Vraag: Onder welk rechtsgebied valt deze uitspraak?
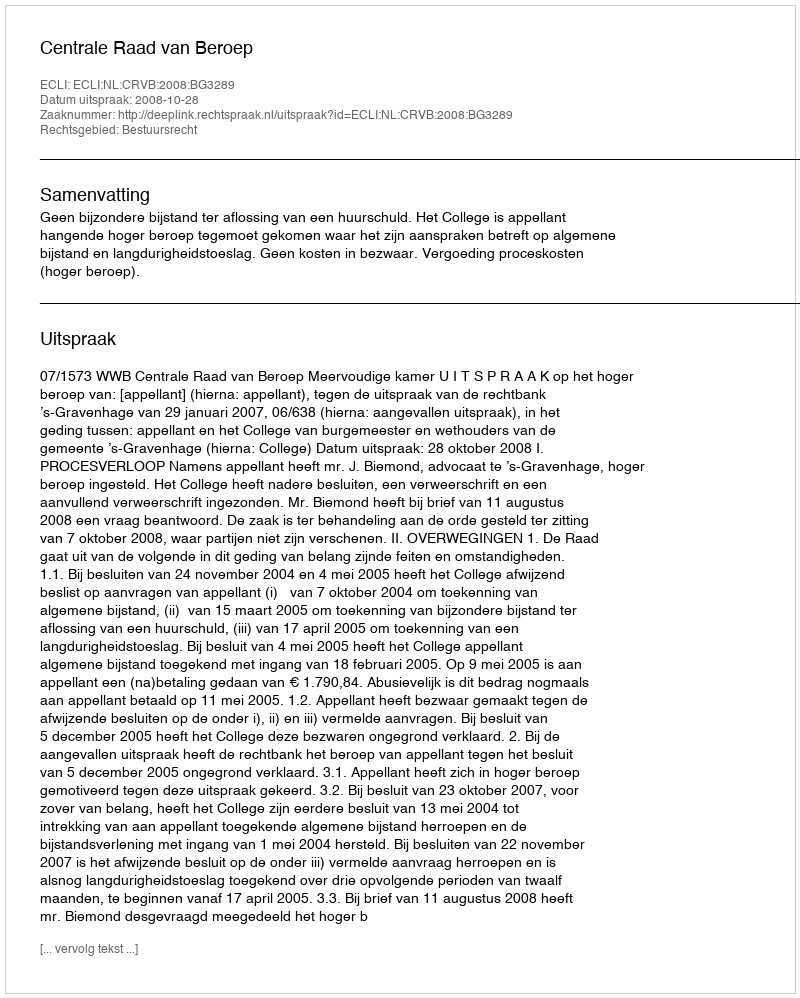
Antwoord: Bestuursrecht